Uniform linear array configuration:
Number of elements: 32
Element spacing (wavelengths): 1
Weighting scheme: hann
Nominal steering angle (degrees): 60
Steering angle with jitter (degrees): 60.28
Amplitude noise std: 0.05
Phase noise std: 0.05

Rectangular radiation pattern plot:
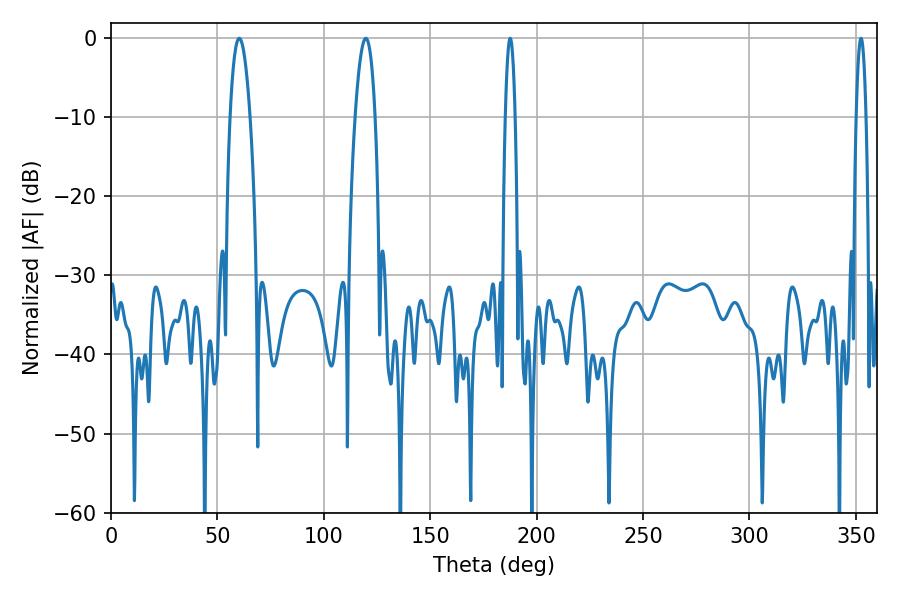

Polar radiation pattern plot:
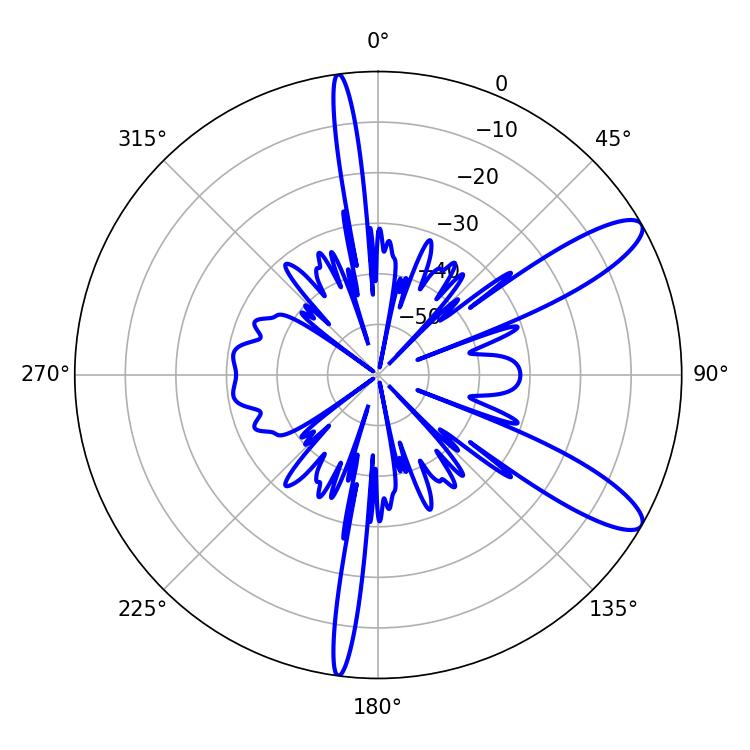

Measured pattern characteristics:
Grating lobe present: TRUE
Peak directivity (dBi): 11.048
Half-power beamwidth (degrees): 2.52
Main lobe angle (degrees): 187.56